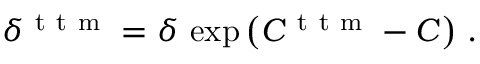
\delta ^ { \mathrm { ~ t ~ t ~ m ~ } } = \delta \, \exp \left( C ^ { \mathrm { ~ t ~ t ~ m ~ } } - C \right) \, .